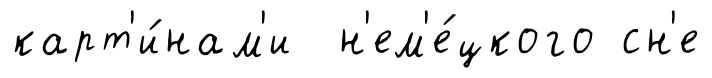
карт'и́нам'и н'ем'е́цкого сн'е